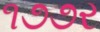
૧૭૭ર